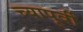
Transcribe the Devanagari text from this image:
च्यापूर्वी